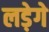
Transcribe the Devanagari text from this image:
लड़ेगे